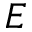
E